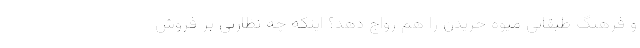
و فرهنگ طبقاتیِ میوه خریدن را هم رواج دهد؟ اینکه چه نظارتی بر فروش